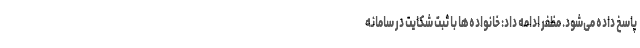
پاسخ داده می‌شود. مظفر ادامه داد: خانواده‌ها با ثبت شکایت در سامانه